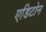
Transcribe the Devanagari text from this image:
एडिटोन